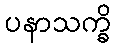
ပနာသက္ခိ